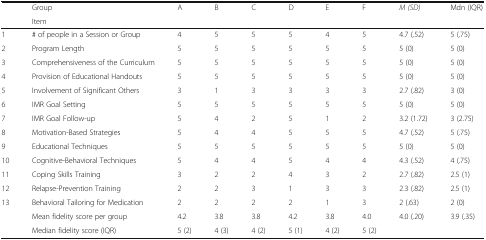
<table><thead><tr><td rowspan="2"></td><td><b>Group</b></td><td rowspan="2"><b>A</b></td><td rowspan="2"><b>B</b></td><td rowspan="2"><b>C</b></td><td rowspan="2"><b>D</b></td><td rowspan="2"><b>E</b></td><td rowspan="2"><b>F</b></td><td rowspan="2"><b><i>M (SD)</i></b></td><td rowspan="2"><b>Mdn (IQR)</b></td></tr><tr><td><b>Item</b></td></tr></thead><tbody><tr><td>1</td><td># of people in a Session or Group</td><td>4</td><td>5</td><td>5</td><td>5</td><td>4</td><td>5</td><td>4.7 (.52)</td><td>5 (.75)</td></tr><tr><td>2</td><td>Program Length</td><td>5</td><td>5</td><td>5</td><td>5</td><td>5</td><td>5</td><td>5 (0)</td><td>5 (0)</td></tr><tr><td>3</td><td>Comprehensiveness of the Curriculum</td><td>5</td><td>5</td><td>5</td><td>5</td><td>5</td><td>5</td><td>5 (0)</td><td>5 (0)</td></tr><tr><td>4</td><td>Provision of Educational Handouts</td><td>5</td><td>5</td><td>5</td><td>5</td><td>5</td><td>5</td><td>5 (0)</td><td>5 (0)</td></tr><tr><td>5</td><td>Involvement of Significant Others</td><td>3</td><td>1</td><td>3</td><td>3</td><td>3</td><td>3</td><td>2.7 (.82)</td><td>3 (0)</td></tr><tr><td>6</td><td>IMR Goal Setting</td><td>5</td><td>5</td><td>5</td><td>5</td><td>5</td><td>5</td><td>5 (0)</td><td>5 (0)</td></tr><tr><td>7</td><td>IMR Goal Follow-up</td><td>5</td><td>4</td><td>2</td><td>5</td><td>1</td><td>2</td><td>3.2 (1.72)</td><td>3 (2.75)</td></tr><tr><td>8</td><td>Motivation-Based Strategies</td><td>5</td><td>4</td><td>4</td><td>5</td><td>5</td><td>5</td><td>4.7 (.52)</td><td>5 (.75)</td></tr><tr><td>9</td><td>Educational Techniques</td><td>5</td><td>5</td><td>5</td><td>5</td><td>5</td><td>5</td><td>5 (0)</td><td>5 (0)</td></tr><tr><td>10</td><td>Cognitive-Behavioral Techniques</td><td>5</td><td>4</td><td>4</td><td>5</td><td>4</td><td>4</td><td>4.3 (.52)</td><td>4 (.75)</td></tr><tr><td>11</td><td>Coping Skills Training</td><td>3</td><td>2</td><td>2</td><td>4</td><td>3</td><td>2</td><td>2.7 (.82)</td><td>2.5 (1)</td></tr><tr><td>12</td><td>Relapse-Prevention Training</td><td>2</td><td>2</td><td>3</td><td>1</td><td>3</td><td>3</td><td>2.3 (.82)</td><td>2.5 (1)</td></tr><tr><td>13</td><td>Behavioral Tailoring for Medication</td><td>2</td><td>2</td><td>2</td><td>2</td><td>1</td><td>3</td><td>2 (.63)</td><td>2 (0)</td></tr><tr><td rowspan="2"></td><td>Mean fidelity score per group</td><td>4.2</td><td>3.8</td><td>3.8</td><td>4.2</td><td>3.8</td><td>4.0</td><td>4.0 (.20)</td><td>3.9 (.35)</td></tr><tr><td>Median fidelity score (IQR)</td><td>5 (2)</td><td>4 (3)</td><td>4 (2)</td><td>5 (1)</td><td>4 (2)</td><td>5 (2)</td><td></td><td></td></tr></tbody></table>